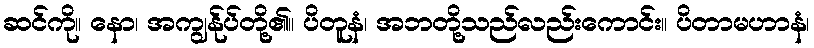
ဆင်ကို။ နော၊ အကျွန်ုပ်တို့၏။ ပိတူနံ၊ အဘတို့သည်လည်းကောင်း။ ပိတာမဟာနံ၊